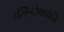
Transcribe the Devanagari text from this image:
रॉबिन्द्रोभारोति